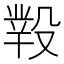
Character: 𣪲